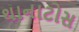
થાનાટોસ